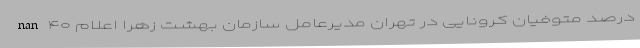
nan ۴۰ درصد متوفیان کرونایی در تهران مدیرعامل سازمان بهشت زهرا اعلام